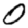
Digit: 0